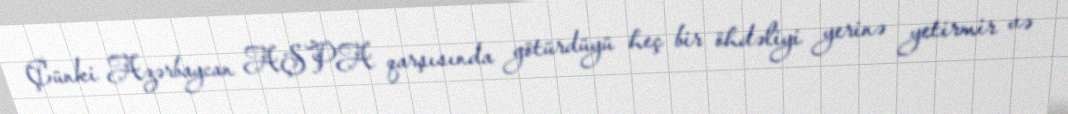
Çünki Azərbaycan AŞPA qarşısında götürdüyü heç bir öhdəliyi yerinə yetirmir və